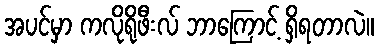
အပင်မှာ ကလိုရိုဖီးလ် ဘာကြောင့် ရှိရတာလဲ။